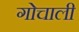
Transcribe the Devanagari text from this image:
गोचाली